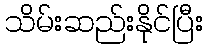
သိမ်းဆည်းနိုင်ပြီး